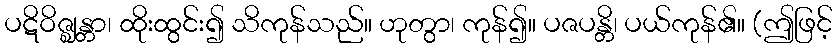
ပဋိဝိဇ္ဈန္တာ၊ ထိုးထွင်း၍ သိကုန်သည်။ ဟုတွာ၊ ကုန်၍။ ပဇပန္တိ၊ ပယ်ကုန်၏။ (ဤဖြင့်